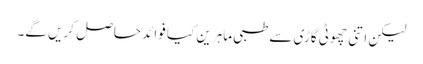
لیکن اتنی چھوٹی گاڑی سے طبی ماہرین کیا فوائد حاصل کریں گے۔